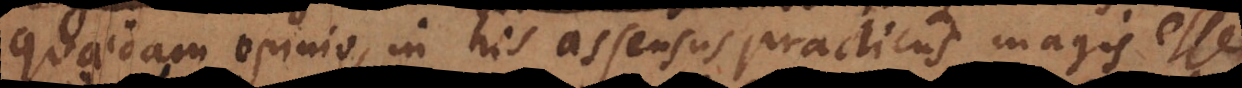
quaedam opinio, in his assensus practicus magis esse